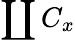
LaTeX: \coprod C_{x}